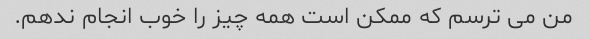
من می ترسم که ممکن است همه چیز را خوب انجام ندهم.